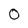
Character: 0